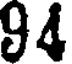
94